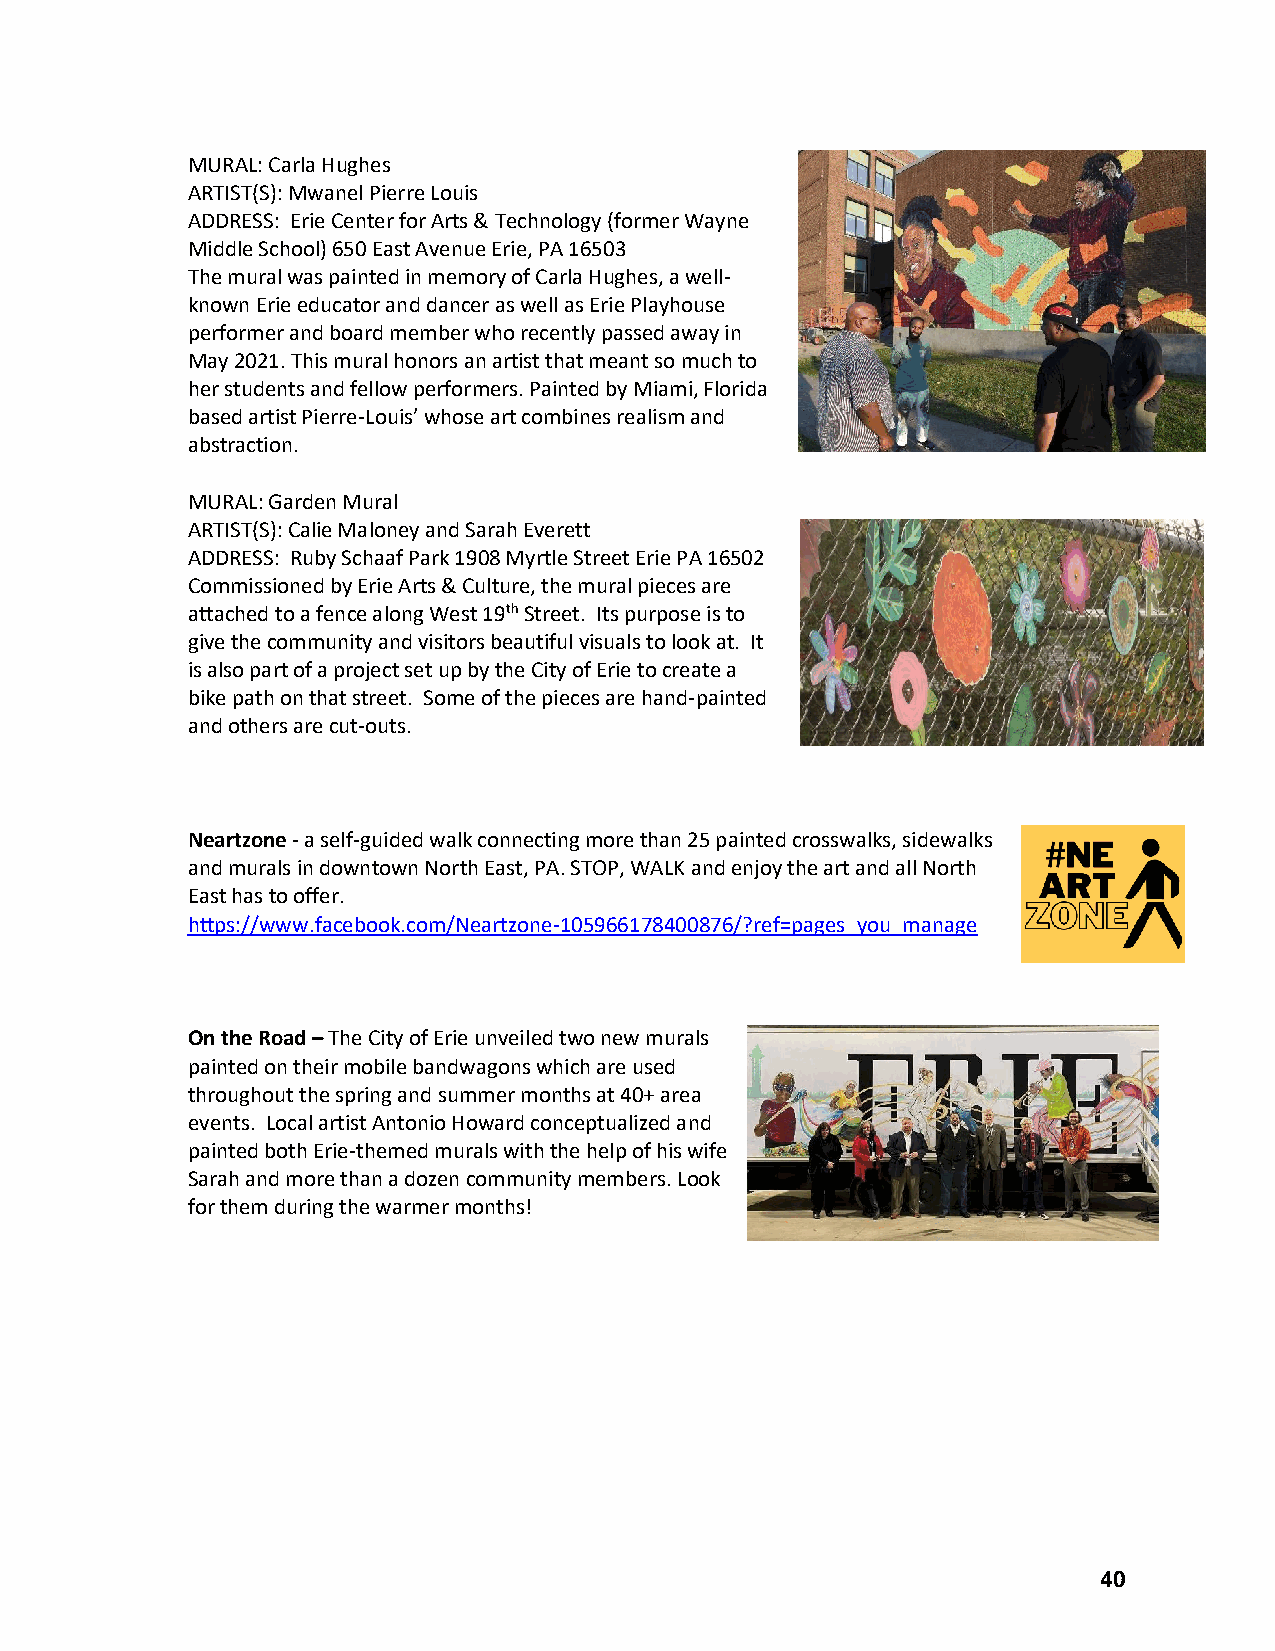
MURAL: Carla Hughes
 ARTIST(S): Mwanel Pierre Louis
 ADDRESS: Erie Center for Arts & Technology (former Wayne
 Middle School) 650 East Avenue Erie, PA 16503
 The mural was painted in memory of Carla Hughes, a well-
 known Erie educator and dancer as well as Erie Playhouse
 performer and board member who recently passed away in
 May 2021. This mural honors an artist that meant so much to
 her students and fellow performers. Painted by Miami, Florida
 based artist Pierre-Louis’ whose art combines realism and
 abstraction.
 MURAL: Garden Mural
 ARTIST(S): Calie Maloney and Sarah Everett
 ADDRESS: Ruby Schaaf Park 1908 Myrtle Street Erie PA 16502
 Commissioned by Erie Arts & Culture, the mural pieces are
 attached to a fence along West 19th Street. Its purpose is to
 give the community and visitors beautiful visuals to look at. It
 is also part of a project set up by the City of Erie to create a
 bike path on that street. Some of the pieces are hand-painted
 and others are cut-outs.
 Neartzone - a self-guided walk connecting more than 25 painted crosswalks, sidewalks
 and murals in downtown North East, PA. STOP, WALK and enjoy the art and all North
 East has to offer.
 https://www.facebook.com/Neartzone-105966178400876/?ref=pages_you_manage
 On the Road – The City of Erie unveiled two new murals
 painted on their mobile bandwagons which are used
 throughout the spring and summer months at 40+ area
 events. Local artist Antonio Howard conceptualized and
 painted both Erie-themed murals with the help of his wife
 Sarah and more than a dozen community members. Look
 for them during the warmer months!
 40